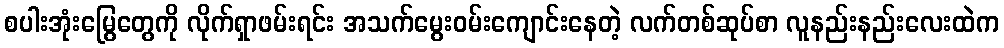
စပါးအုံးမြွေတွေကို လိုက်ရှာဖမ်းရင်း အသက်မွေးဝမ်းကျောင်းနေတဲ့ လက်တစ်ဆုပ်စာ လူနည်းနည်းလေးထဲက